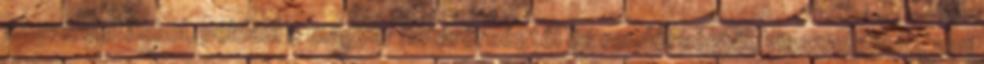
szuverenitásból, például a magyar határőrségtől és rendőrségtől, visszadobták, ami